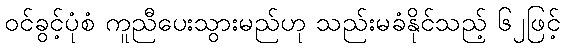
ဝင်ခွင့်ပုံစံ ကူညီပေးသွားမည်ဟု သည်းမခံနိုင်သည့် ၆၂ဖြင့်